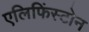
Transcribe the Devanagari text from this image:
एलिफिंस्टोन